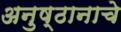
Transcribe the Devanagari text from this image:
अनुष्ठानाचे